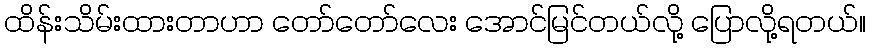
ထိန်းသိမ်းထားတာဟာ တော်တော်လေး အောင်မြင်တယ်လို့ ပြောလို့ရတယ်။